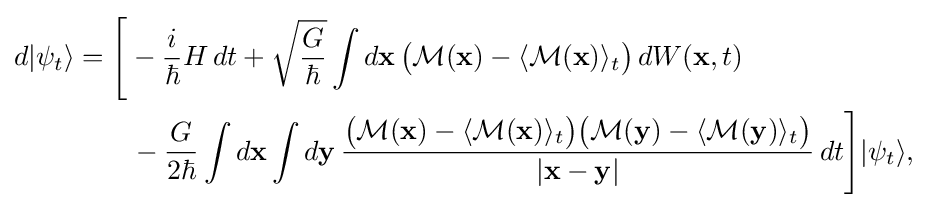
{\begin{aligned}d|\psi _{t}\rangle &={\Bigg [}-{\frac {i}{\hbar }}H\,dt+{\sqrt {\frac {G}{\hbar }}}\int d\mathbf {x} \,{\big (}{\mathcal {M}}(\mathbf {x} )-\langle {\mathcal {M}}(\mathbf {x} )\rangle _{t}{\big )}\,dW(\mathbf {x} ,t)\\&\qquad {}-{\frac {G}{2\hbar }}\int d\mathbf {x} \int d\mathbf {y} \,{\frac {{\big (}{\mathcal {M}}(\mathbf {x} )-\langle {\mathcal {M}}(\mathbf {x} )\rangle _{t}{\big )}{\big (}{\mathcal {M}}(\mathbf {y} )-\langle {\mathcal {M}}(\mathbf {y} )\rangle _{t}{\big )}}{|\mathbf {x} -\mathbf {y} |}}\,dt{\Bigg ]}|\psi _{t}\rangle ,\end{aligned}}